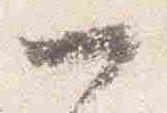
一